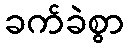
ခက်ခဲစွာ